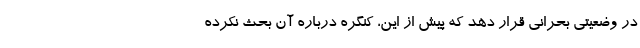
در وضعیتی بحرانی قرار دهد که پیش از این، کنگره درباره آن بحث نکرده